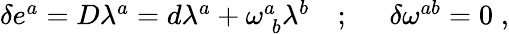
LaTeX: \begin{array}{lll}{{\delta e^{a}=D\lambda^{a}=d\lambda^{a}+\omega_{\; b}^{a}\lambda^{b}}}&{{;\; \; }}&{{\delta\omega^{ab}=0\; ,}}\end{array}